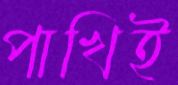
পাখিই